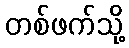
တစ်ဖက်သို့